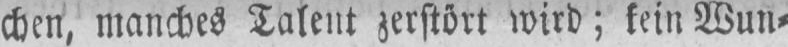
chen, manches Talent zerstört wird; kein Wun⸗